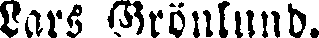
Lars Grönlund.